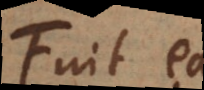
Fuit ea